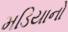
મડિયાનો